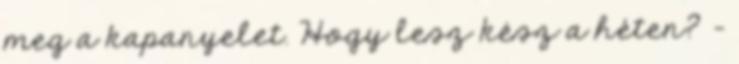
meg a kapanyelet. Hogy lesz kész a héten? -